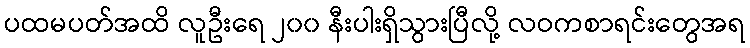
ပထမပတ်အထိ လူဦးရေ ၂၀၀ နီးပါးရှိသွားပြီလို့ လဝကစာရင်းတွေအရ